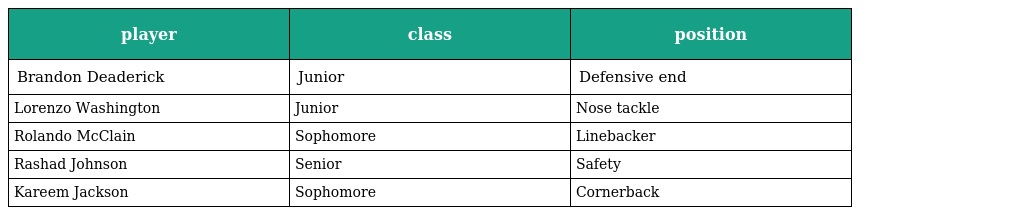
| player | class | position |
 | --- | --- | --- |
 | Brandon Deaderick | Junior | Defensive end |
 | Lorenzo Washington | Junior | Nose tackle |
 | Rolando McClain | Sophomore | Linebacker |
 | Rashad Johnson | Senior | Safety |
 | Kareem Jackson | Sophomore | Cornerback |